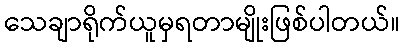
သေချာရိုက်ယူမှရတာမျိုးဖြစ်ပါတယ်။